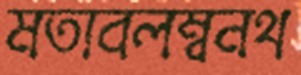
মতাবলম্বনথ